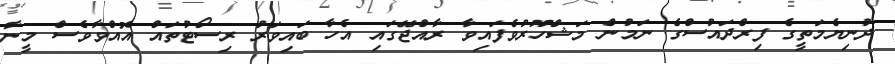
ދުނިޔެމަތީގެ ފިރްދައުސްގެ ނަމުން މަޝްހޫރުވެފައިވާ ރާއްޖޭގައި އެހާ ބައިވަރު ރިސޯޓުތައް އޮއްވާވެސް މީނާ